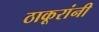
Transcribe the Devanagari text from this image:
ठाकूरांनी